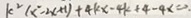
k ^ { 2 } ( x ^ { 2 } - 2 x + 1 ) + 4 k x - 4 k + 4 - 4 x = 0 .